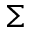
\Sigma